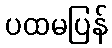
ပထမပြန်